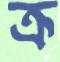
ক্র